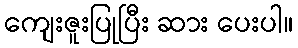
ကျေးဇူးပြုပြီး ဆား ပေးပါ။